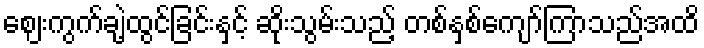
ဈေးကွက်ချဲ့ထွင်ခြင်းနှင့် ဆိုးသွမ်းသည့် တစ်နှစ်ကျော်ကြာသည်အထိ